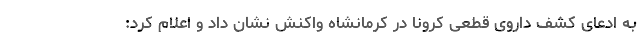
به ادعای کشف داروی قطعی کرونا در کرمانشاه واکنش نشان داد و اعلام کرد: